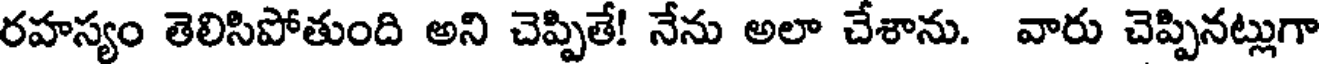
రహస్యం తెలిసిపోతుంది అని చెప్పితే! నేను అలా చేశాను. వారు చెప్పినట్లుగా